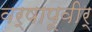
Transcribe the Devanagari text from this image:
वर्षापूवीर्